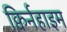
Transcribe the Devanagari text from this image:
क्विर्नहाइम